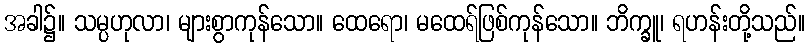
အခါ၌။ သမ္ပဟုလာ၊ များစွာကုန်သော။ ထေရော၊ မထေရ်ဖြစ်ကုန်သော။ ဘိက္ခူ၊ ရဟန်းတို့သည်။